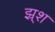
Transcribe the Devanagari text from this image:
झ्र्श